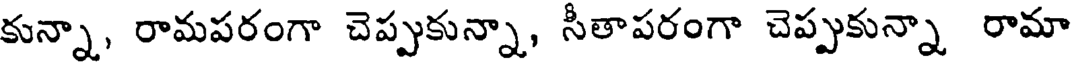
కున్నా, రామపరంగా చెప్పుకున్నా, సీతాపరంగా చెప్పుకున్నా రామా